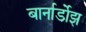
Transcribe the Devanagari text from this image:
बार्नार्डोझ